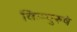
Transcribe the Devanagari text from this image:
किम्पुरुषं